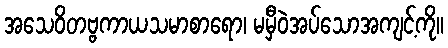
အသေဝိတဗ္ဗကာယသမာစာရော၊ မမှီဝဲအပ်သောအကျင့်ကို။